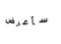
سأعرض